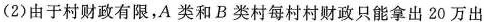
(2)由于村财政有限，A类和B类村每村村财政只能拿出20万出